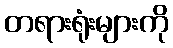
တရားရုံးများကို